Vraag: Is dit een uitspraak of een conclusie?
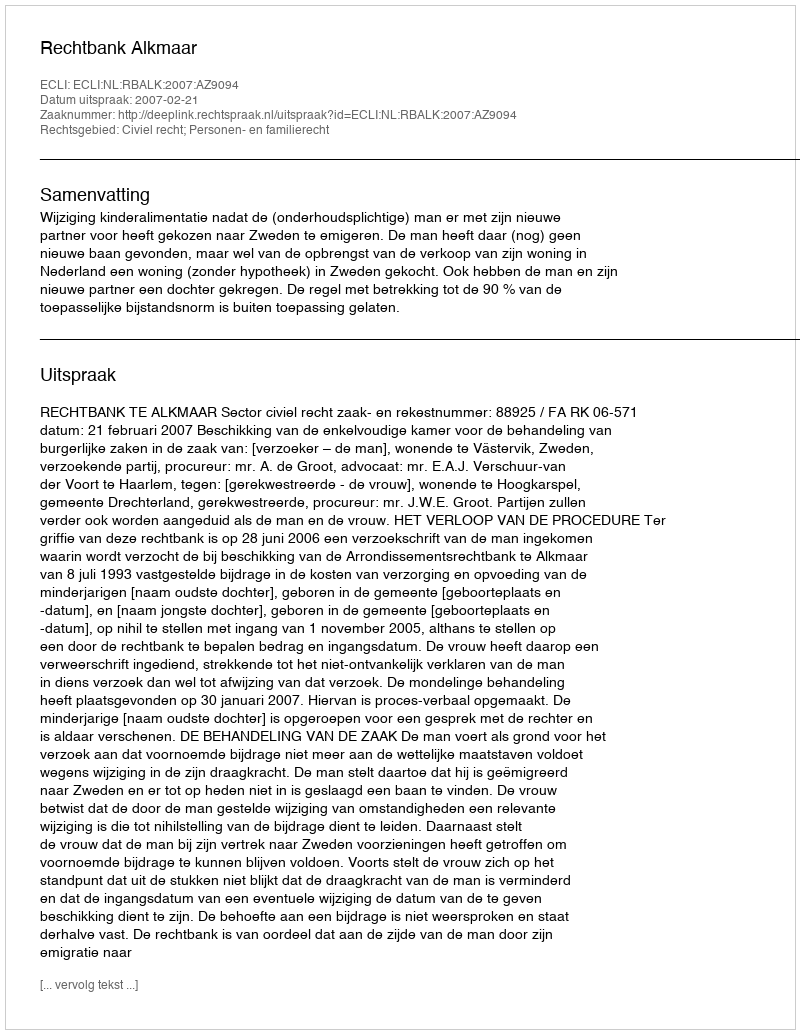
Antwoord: Uitspraak